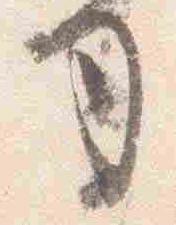
司